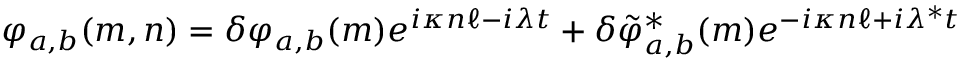
\varphi _ { a , b } ( m , n ) = \delta \varphi _ { a , b } ( m ) e ^ { i \kappa n \ell - i \lambda t } + \delta \tilde { \varphi } _ { a , b } ^ { * } ( m ) e ^ { - i \kappa n \ell + i \lambda ^ { * } t }